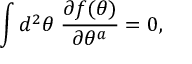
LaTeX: \int d ^ { 2 } \theta \; \frac { \partial f ( \theta ) } { \partial \theta ^ { a } } = 0 ,